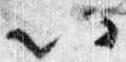
以